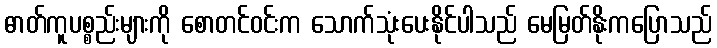
ဓာတ်ကူပစ္စည်းများကို စောတင်ဝင်းက သောက်သုံးပေးနိုင်ပါသည် မေမြတ်နိုးကပြောသည်